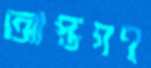
আপ্তগণ